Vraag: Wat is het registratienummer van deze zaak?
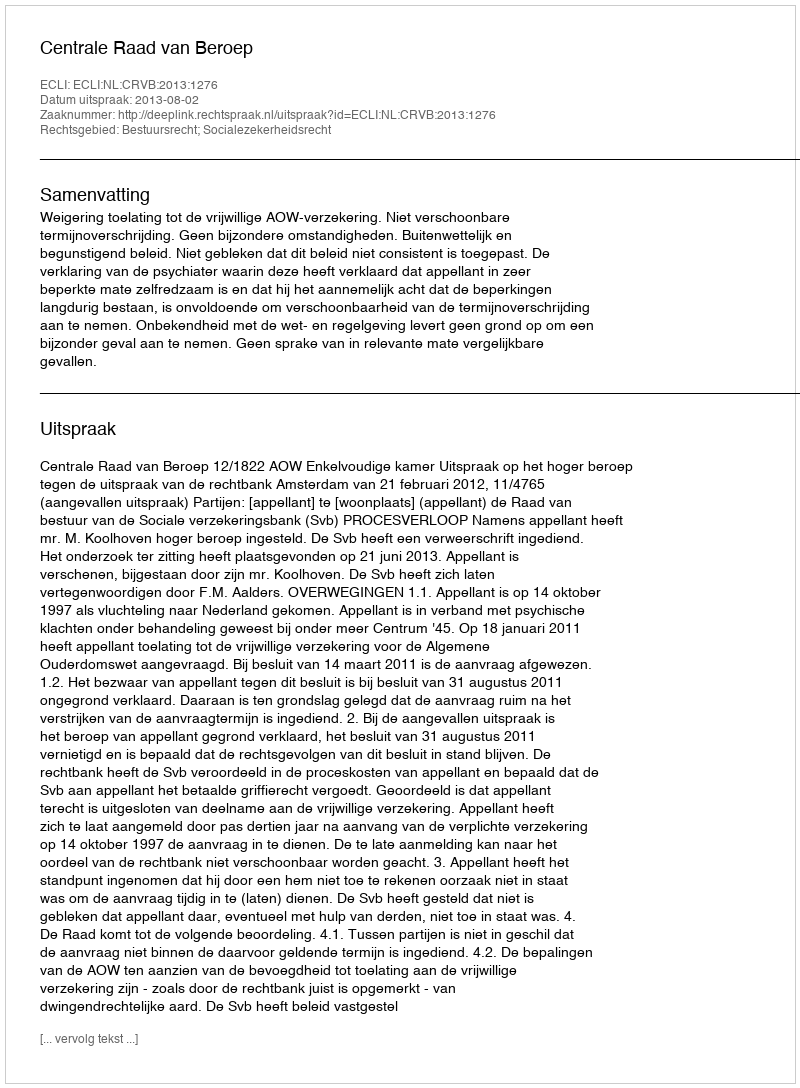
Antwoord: http://deeplink.rechtspraak.nl/uitspraak?id=ECLI:NL:CRVB:2013:1276